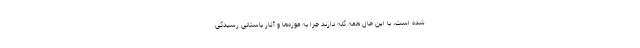
شده است، با این حال همه گله دارند چرا به موزه‌ها و آثار باستانی رسیدگی